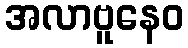
အလာဗူနေဝ